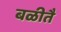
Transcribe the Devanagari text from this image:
बळीतै